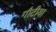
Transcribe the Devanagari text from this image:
गौटीया